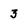
Character: 3